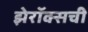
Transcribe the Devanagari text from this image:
झेरॉक्सची